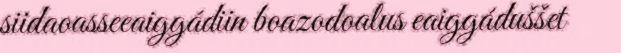
siidaoasseeaiggádiin boazodoalus eaiggáduššet